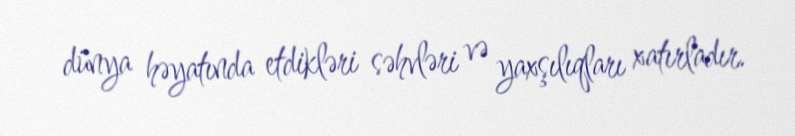
dünya həyatında etdikləri səhvləri və yaxşılıqları xatırladır.